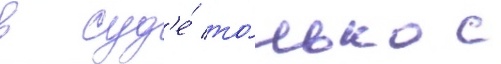
в суд'е́ то́лько с